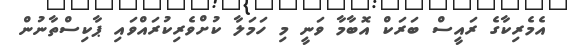
އެމެރިކާގެ ރައީސް ބަރަކް އޮބާމާ ވަނީ މި ހަމަލާ ކުށްވެރިކުރަައްވައި ޕާކިސްތާނުން